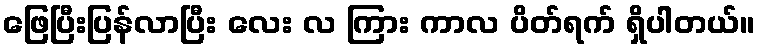
ဖြေပြီးပြန်လာပြီး လေး လ ကြား ကာလ ပိတ်ရက် ရှိပါတယ်။